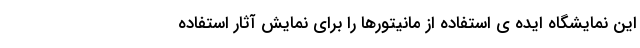
این نمایشگاه ایده ی استفاده از مانیتورها را برای نمایشِ آثار استفاده